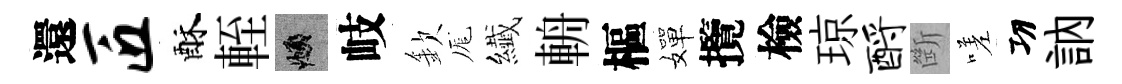
還匠酥輊頫岐欽厖纎輈樞嬋攬檢琼酹㫁嗟㓛訥